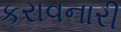
કરાવનારી